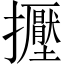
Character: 𢹥